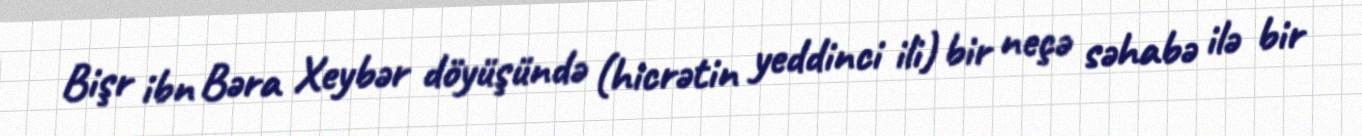
Bişr ibn Bəra Xeybər döyüşündə (hicrətin yeddinci ili) bir neçə səhabə ilə bir